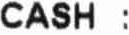
CASH :